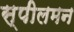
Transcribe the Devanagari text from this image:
स्पीलमन